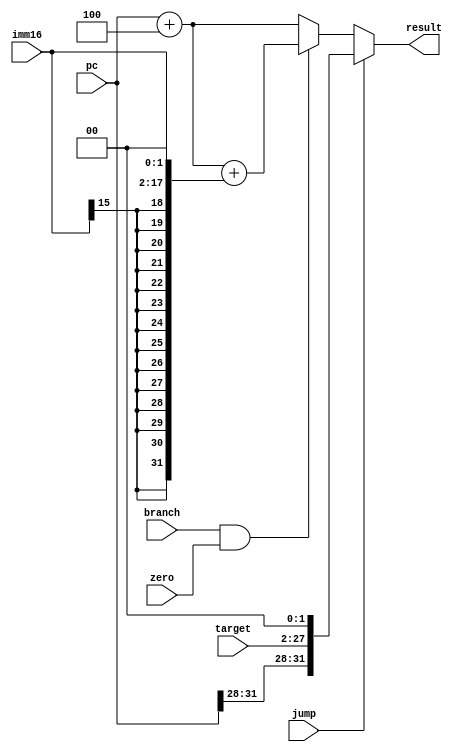
module NPC(
    input [31:0] pc,
    input [15:0] imm16,
    input [25:0] target,
    input jump,
    input branch,
    input zero,

    output reg [31:0] result
);
    
    always @(*)
        begin
            if (jump)
                result <= {pc[31:28], target, 2'b00};
            else if (branch & zero)
                result <= pc + 4 + {{14{imm16[15]}}, imm16, 2'b00};
            else
                result <= pc + 4;
        end

endmodule